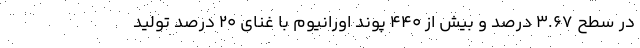
در سطح 3.67 درصد و بیش از 440 پوند اورانیوم با غنای 20 درصد تولید